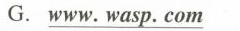
G.\underline{www. wasp. com}